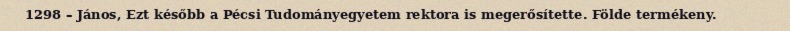
1298 – János, Ezt később a Pécsi Tudományegyetem rektora is megerősítette. Földe termékeny.